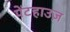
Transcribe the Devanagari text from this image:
पेंटहाउज़